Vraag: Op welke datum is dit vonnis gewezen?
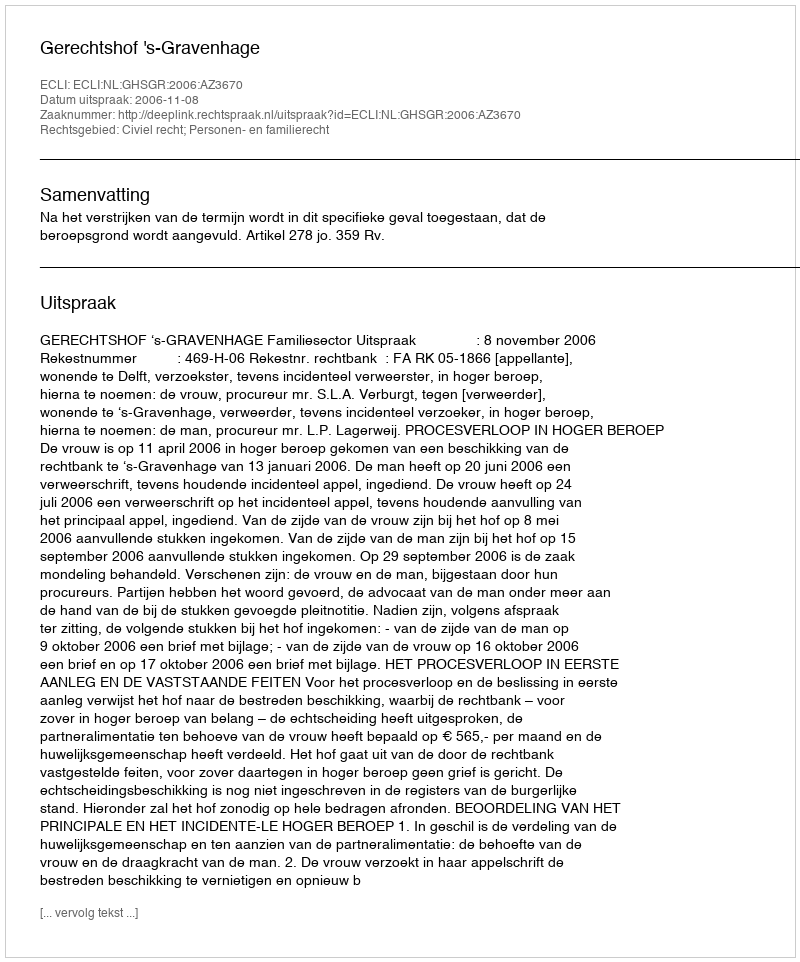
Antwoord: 2006-11-08